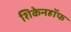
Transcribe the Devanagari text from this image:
शिकेनहॉफ